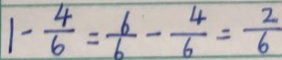
1 - \frac { 4 } { 6 } = \frac { 6 } { 6 } - \frac { 4 } { 6 } = \frac { 2 } { 6 }